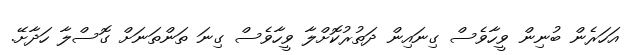
އަހަރެން ބުނިން ވީހާވެސް ގިނައިން ދަތުރުކޮށްލާ ވީހާވެސް ގިނަ ތަންތަނަށް ގޮސްލާ ހަދާށޭ.